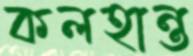
কলহান্ত